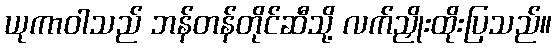
ယုကာဝါသည် ဘန်တန်တိုင်ဆီသို့ လက်ညှိုးထိုးပြသည်။